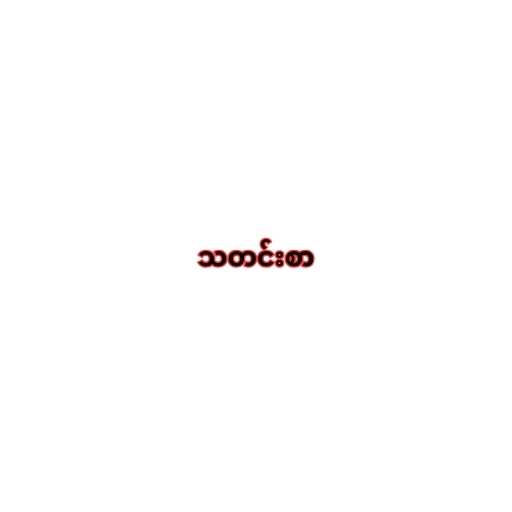
သတင်းစာ